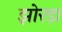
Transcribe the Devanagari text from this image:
झोरड़ा